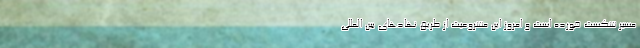
مسیر شکست خورده است و امروز این مشروعیت از طریق نهادهای بین المللی